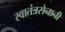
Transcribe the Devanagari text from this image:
स्वातंत्रसेनानी